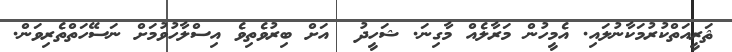
ޘަރީއަތްކުރުމަކާނުލައި. އެމީހުން މަރާލެއް މާގިނަ. ޝަހީދު  އަށް ބިރުވެތިވެ އިސްލާހުވުމަށް ނަސޭހަތްތެރިވަން.